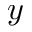
y